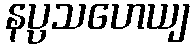
နပ္ပသဟေယျ